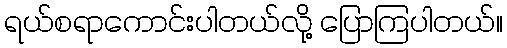
ရယ်စရာကောင်းပါတယ်လို့ ပြောကြပါတယ်။